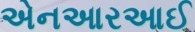
એનઆરઆઈ